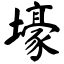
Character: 壕